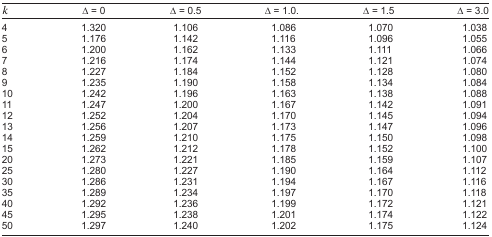
| k | Δ = 0 | Δ = 0.5 | Δ = 1.0. | Δ = 1.5 | Δ = 3.0 |
 | --- | --- | --- | --- | --- | --- |
 | 4 | 1.320 | 1.106 | 1.086 | 1.070 | 1.038 |
 | 5 | 1.176 | 1.142 | 1.116 | 1.096 | 1.055 |
 | 6 | 1.200 | 1.162 | 1.133 | 1.111 | 1.066 |
 | 7 | 1.216 | 1.174 | 1.144 | 1.121 | 1.074 |
 | 8 | 1.227 | 1.184 | 1.152 | 1.128 | 1.080 |
 | 9 | 1.235 | 1.190 | 1.158 | 1.134 | 1.084 |
 | 10 | 1.242 | 1.196 | 1.163 | 1.138 | 1.088 |
 | 11 | 1.247 | 1.200 | 1.167 | 1.142 | 1.091 |
 | 12 | 1.252 | 1.204 | 1.170 | 1.145 | 1.094 |
 | 13 | 1.256 | 1.207 | 1.173 | 1.147 | 1.096 |
 | 14 | 1.259 | 1.210 | 1.175 | 1.150 | 1.098 |
 | 15 | 1.262 | 1.212 | 1.178 | 1.152 | 1.100 |
 | 20 | 1.273 | 1.221 | 1.185 | 1.159 | 1.107 |
 | 25 | 1.280 | 1.227 | 1.190 | 1.164 | 1.112 |
 | 30 | 1.286 | 1.231 | 1.194 | 1.167 | 1.116 |
 | 35 | 1.289 | 1.234 | 1.197 | 1.170 | 1.118 |
 | 40 | 1.292 | 1.236 | 1.199 | 1.172 | 1.121 |
 | 45 | 1.295 | 1.238 | 1.201 | 1.174 | 1.122 |
 | 50 | 1.297 | 1.240 | 1.202 | 1.175 | 1.124 |